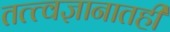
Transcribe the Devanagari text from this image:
तत्त्वज्ञानातही